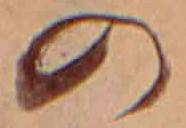
の